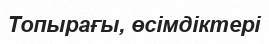
Топырағы, өсімдіктері